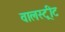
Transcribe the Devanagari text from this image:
वालस्ट्रीट